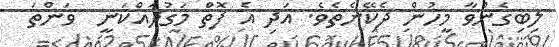
ލިބިގެންވާ މީހުން ދެކޭނެތެވެ. އަދި އެ ފޮތް މަގުދައްކަނީ  ވަންތަ